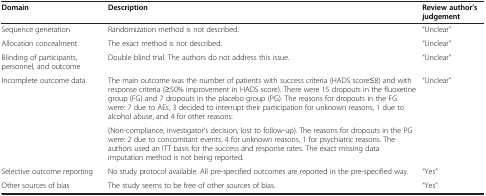
| Domain | Description | Review author’s judgement |
 | --- | --- | --- |
 | Sequence generation | Randomization method is not described. | “Unclear” |
 | Allocation concealment | The exact method is not described. | “Unclear” |
 | Blinding of participants, personnel, and outcome | Double blind trial. The authors do not address this issue. | “Unclear” |
 | <ROWSPAN=2> Incomplete outcome data | The main outcome was the number of patients with success criteria (HADS score≤8) and with response criteria (≥50% improvement in HADS score). There were 15 dropouts in the fluoxetine group (FG) and 7 dropouts in the placebo group (PG). The reasons for dropouts in the FG were: 7 due to AEs, 3 decided to interrupt their participation for unknown reasons, 1 due to alcohol abuse, and 4 for other reasons: | <ROWSPAN=2> “Unclear” |
 | (Non-compliance, investigator’s decision, lost to follow-up). The reasons for dropouts in the PG were: 2 due to concomitant events, 4 for unknown reasons, 1 for psychiatric reasons. The authors used an ITT basis for the success and response rates. The exact missing data imputation method is not being reported. |
 | Selective outcome reporting | No study protocol available. All pre-specified outcomes are reported in the pre-specified way. | “Yes” |
 | Other sources of bias | The study seems to be free of other sources of bias. | “Yes” |